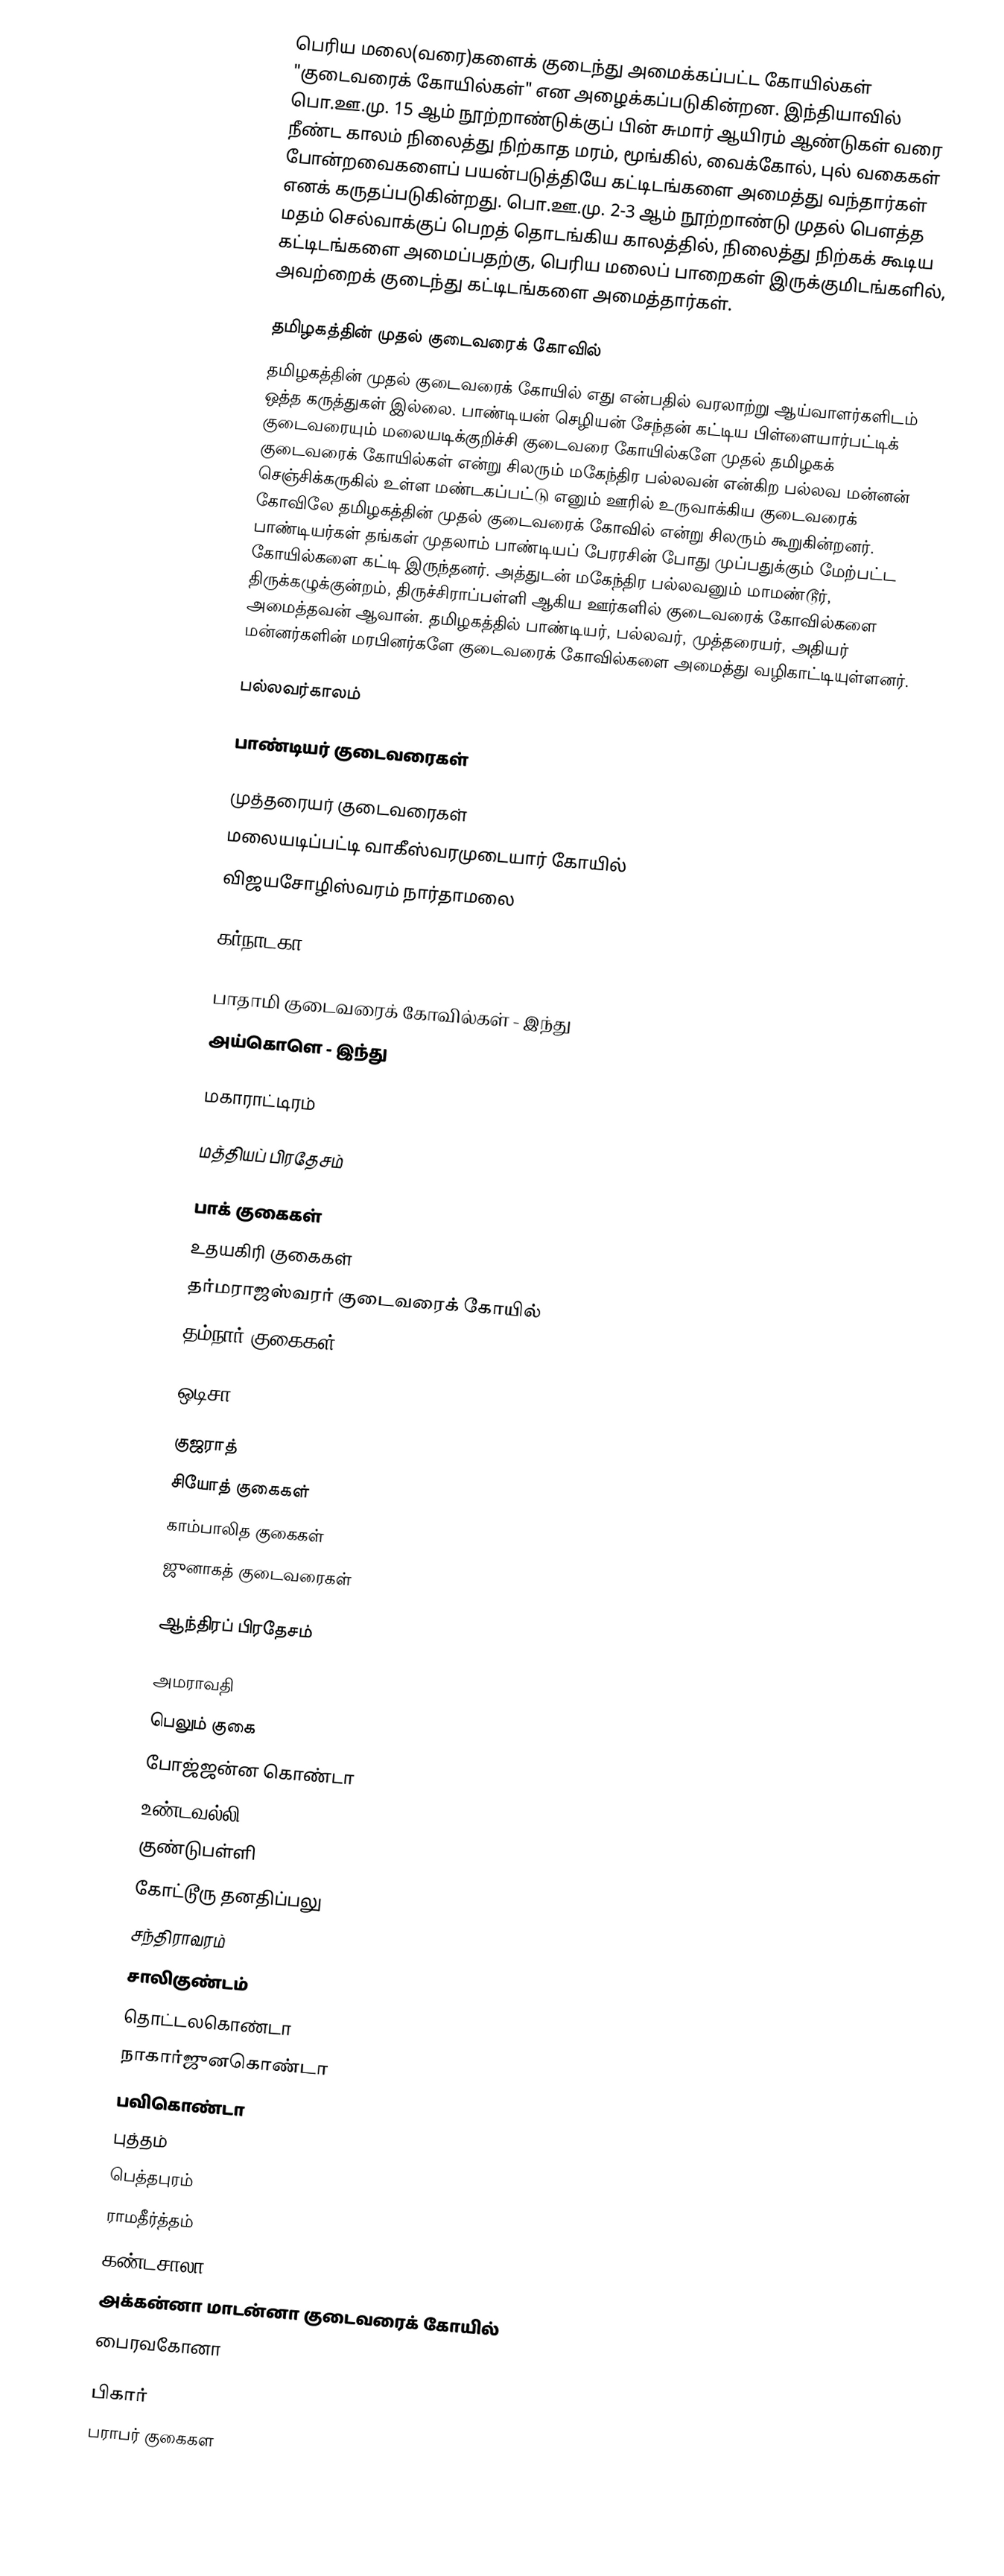
பெரிய மலை(வரை)களைக் குடைந்து அமைக்கப்பட்ட கோயில்கள் "குடைவரைக் கோயில்கள்" என அழைக்கப்படுகின்றன. இந்தியாவில் பொ.ஊ.மு. 15 ஆம் நூற்றாண்டுக்குப் பின் சுமார் ஆயிரம் ஆண்டுகள் வரை நீண்ட காலம் நிலைத்து நிற்காத மரம், மூங்கில், வைக்கோல், புல் வகைகள் போன்றவைகளைப் பயன்படுத்தியே கட்டிடங்களை அமைத்து வந்தார்கள் எனக் கருதப்படுகின்றது. பொ.ஊ.மு. 2-3 ஆம் நூற்றாண்டு முதல் பௌத்த மதம் செல்வாக்குப் பெறத் தொடங்கிய காலத்தில், நிலைத்து நிற்கக் கூடிய கட்டிடங்களை அமைப்பதற்கு, பெரிய மலைப் பாறைகள் இருக்குமிடங்களில், அவற்றைக் குடைந்து கட்டிடங்களை அமைத்தார்கள்.

தமிழகத்தின் முதல் குடைவரைக் கோவில்
தமிழகத்தின் முதல் குடைவரைக் கோயில் எது என்பதில் வரலாற்று ஆய்வாளர்களிடம் ஒத்த கருத்துகள் இல்லை. பாண்டியன் செழியன் சேந்தன் கட்டிய பிள்ளையார்பட்டிக் குடைவரையும் மலையடிக்குறிச்சி குடைவரை கோயில்களே முதல் தமிழகக் குடைவரைக் கோயில்கள் என்று சிலரும் மகேந்திர பல்லவன் என்கிற பல்லவ மன்னன் செஞ்சிக்கருகில் உள்ள மண்டகப்பட்டு எனும் ஊரில் உருவாக்கிய குடைவரைக் கோவிலே தமிழகத்தின் முதல் குடைவரைக் கோவில் என்று சிலரும் கூறுகின்றனர். பாண்டியர்கள் தங்கள் முதலாம் பாண்டியப் பேரரசின் போது முப்பதுக்கும் மேற்பட்ட கோயில்களை கட்டி இருந்தனர். அத்துடன் மகேந்திர பல்லவனும் மாமண்டூர், திருக்கழுக்குன்றம், திருச்சிராப்பள்ளி ஆகிய ஊர்களில் குடைவரைக் கோவில்களை அமைத்தவன் ஆவான். தமிழகத்தில் பாண்டியர், பல்லவர், முத்தரையர், அதியர் மன்னர்களின் மரபினர்களே குடைவரைக் கோவில்களை அமைத்து வழிகாட்டியுள்ளனர்.

பல்லவர்காலம்

பாண்டியர் குடைவரைகள்

முத்தரையர் குடைவரைகள்
மலையடிப்பட்டி வாகீஸ்வரமுடையார் கோயில்
விஜயசோழிஸ்வரம் நார்தாமலை

கர்நாடகா

 பாதாமி குடைவரைக் கோவில்கள் - இந்து
 அய்கொளெ - இந்து

மகாராட்டிரம்

மத்தியப் பிரதேசம்

 பாக் குகைகள்
 உதயகிரி குகைகள்
 தர்மராஜஸ்வரர் குடைவரைக் கோயில்
 தம்நார் குகைகள்

ஒடிசா

குஜராத்
 சியோத் குகைகள்
 காம்பாலித குகைகள்
 ஜுனாகத் குடைவரைகள்

ஆந்திரப் பிரதேசம்

 அமராவதி
 பெலும் குகை
 போஜ்ஜன்ன கொண்டா
 உண்டவல்லி
 குண்டுபள்ளி
 கோட்டூரு தனதிப்பலு
 சந்திராவரம்
 சாலிகுண்டம்
 தொட்டலகொண்டா
 நாகார்ஜுனகொண்டா
 பவிகொண்டா
 புத்தம்
 பெத்தபுரம்
 ராமதீர்த்தம்
 கண்டசாலா
 அக்கன்னா மாடன்னா குடைவரைக் கோயில்
 பைரவகோனா

பிகார்
 பராபர் குகைகள